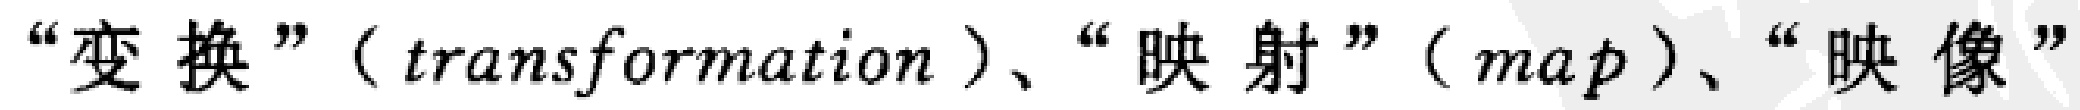
“变换”（transformation）、“映射”（map）、“映像”